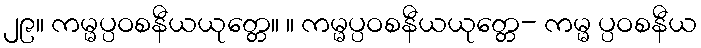
၂၉။ ကမ္မပ္ပဝစနီယယုတ္တေ။ ။ ကမ္မပ္ပဝစနီယယုတ္တေ- ကမ္မ ပ္ပဝစနီယ